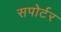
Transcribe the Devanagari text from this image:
सपोर्टर